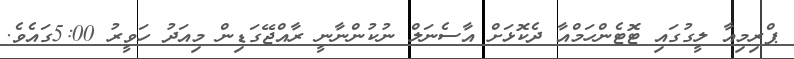
ޕްރިމިއާ ލީގުގައި ޓޮޓެންހަމްއާ ދެކޮޅަށް އާސެނަލް ނުކުންނާނީ ރާއްޖޭގަޑިން މިއަދު ހަވީރު 5:00ގައެވެ.